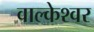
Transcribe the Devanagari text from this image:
वाल्केश्वर